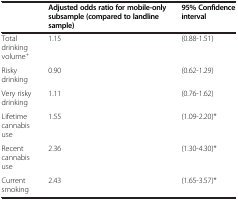
|  | Adjusted odds ratio for mobile-only subsample (compared to landline sample) | 95% Confidence interval |
 | --- | --- | --- |
 | Total drinking volume+ | 1.15 | (0.88-1.51) |
 | Risky drinking | 0.90 | (0.62-1.29) |
 | Very risky drinking | 1.11 | (0.76-1.62) |
 | Lifetime cannabis use | 1.55 | (1.09-2.20)* |
 | Recent cannabis use | 2.36 | (1.30-4.30)* |
 | Current smoking | 2.43 | (1.65-3.57)* |